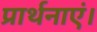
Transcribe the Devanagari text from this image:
प्रार्थनाएं।